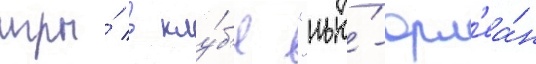
игры́ в клу́б'е "нью́-орл'еа́н